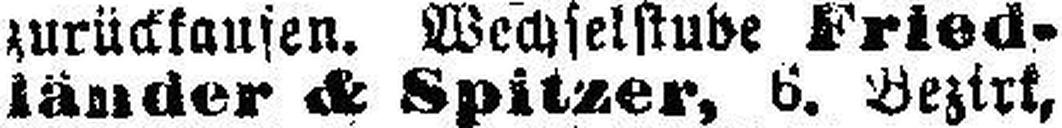
länder & Spitzer, 6. Bezirk,